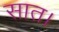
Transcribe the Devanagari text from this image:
सात।